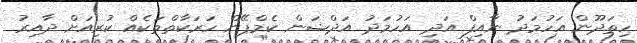
ހިތަދޫން އަހުމަދު ނާއިފް އަދި އަހުމަދު އަދްޝަން ކެމްޕޭން ހަރަކާތްތަކެއް ކުރިއަށް ދާއިރު